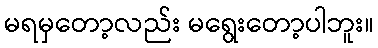
မရမှတော့လည်း မရွေးတော့ပါဘူး။